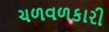
ચળવળકારી